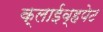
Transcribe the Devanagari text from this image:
क्लाईव्हपेट